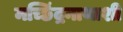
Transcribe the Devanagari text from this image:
मच्छिंद्रनाथाशी